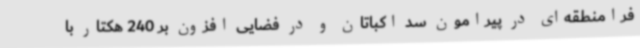
فرامنطقه‌ای در پیرامون سد اکباتان و در فضایی افزون بر 240 هکتار با